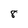
Character: 8